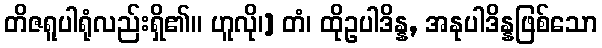
တိဇရူပါရုံလည်းရှိ၏။ ဟူလို၊] တံ၊ ထိုဥပါဒိန္န, အနုပါဒိန္နဖြစ်သော